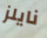
نايلز